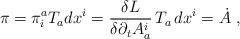
LaTeX: \begin{align*} \pi = \pi_i^a T_a dx^i = \frac{\delta L}{\delta\partial_t A^i_a} \,T_a\, dx^i = \dot{A} \; ,\end{align*}